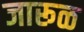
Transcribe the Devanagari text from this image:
जारूळ